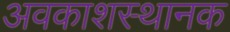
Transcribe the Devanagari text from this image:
अवकाशस्थानक